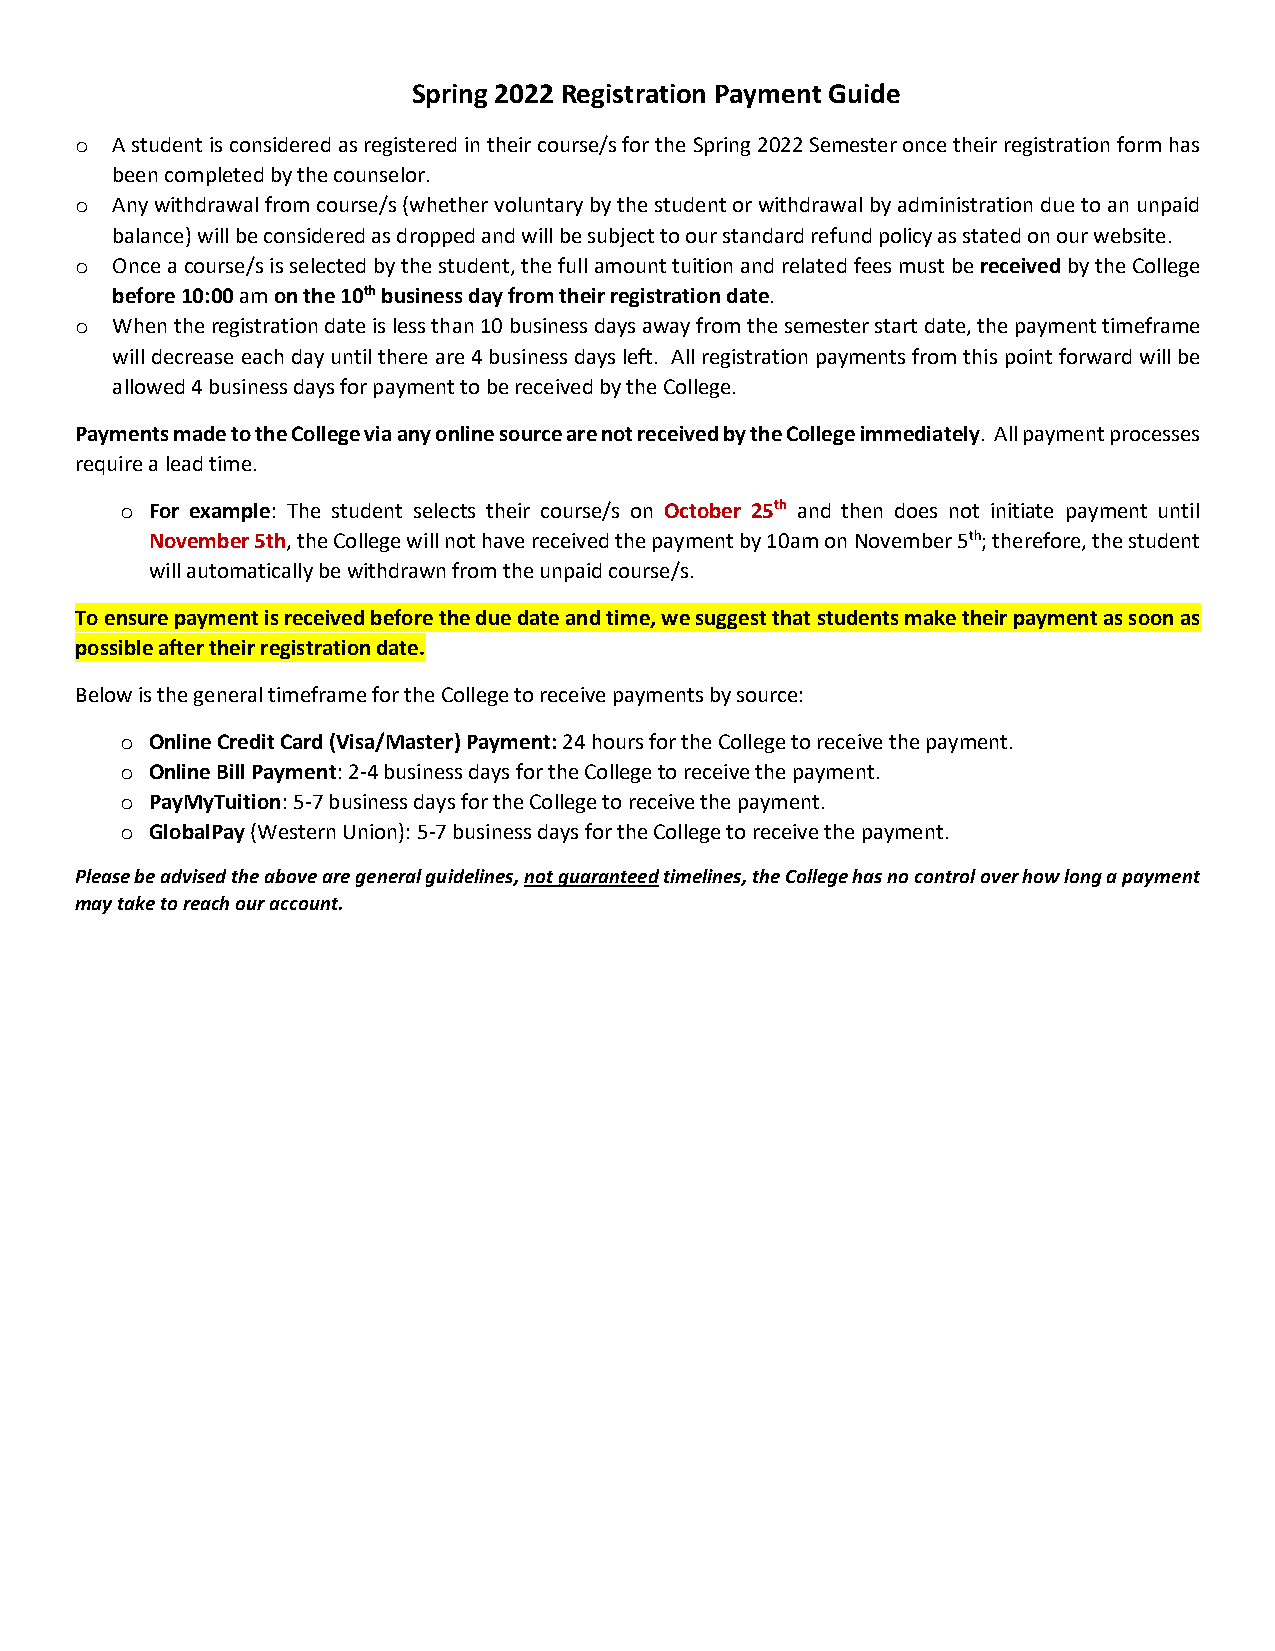
Spring 2022 Registration Payment Guide
 o A student is considered as registered in their course/s for the Spring 2022 Semester once their registration form has
 been completed by the counselor.
 o Any withdrawal from course/s (whether voluntary by the student or withdrawal by administration due to an unpaid
 balance) will be considered as dropped and will be subject to our standard refund policy as stated on our website.
 o Once a course/s is selected by the student, the full amount tuition and related fees must be received by the College
 before 10:00 am on the 10th business day from their registration date.
 o When the registration date is less than 10 business days away from the semester start date, the payment timeframe
 will decrease each day until there are 4 business days left. All registration payments from this point forward will be
 allowed 4 business days for payment to be received by the College.
 Payments made to the College via any online source are not received by the College immediately. All payment processes
 require a lead time.
 o For example: The student selects their course/s on October 25th and then does not initiate payment until
 November 5th, the College will not have received the payment by 10am on November 5th; therefore, the student
 will automatically be withdrawn from the unpaid course/s.
 To ensure payment is received before the due date and time, we suggest that students make their payment as soon as
 possible after their registration date.
 Below is the general timeframe for the College to receive payments by source:
 o Online Credit Card (Visa/Master) Payment: 24 hours for the College to receive the payment.
 o Online Bill Payment: 2-4 business days for the College to receive the payment.
 o PayMyTuition: 5-7 business days for the College to receive the payment.
 o GlobalPay (Western Union): 5-7 business days for the College to receive the payment.
 Please be advised the above are general guidelines, not guaranteed timelines, the College has no control over how long a payment
 may take to reach our account.